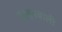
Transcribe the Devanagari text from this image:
पख़्तूनवाली